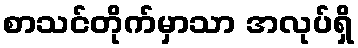
စာသင်တိုက်မှာသာ အလုပ်ရှိ